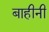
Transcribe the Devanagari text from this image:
बाहीनी